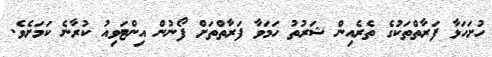
ހުށަހަޅާ ފަރާތްތަކުގެ ތެރެއިން ޝަރުތު ހަމަވާ ފަރާތްތަށް ފޯނުން އިންޓަވިއު ކުރާނެ ކަމަށެވެ.